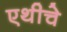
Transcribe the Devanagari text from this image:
एथीचे